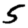
Digit: 5